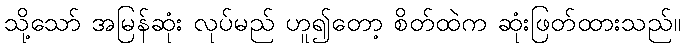
သို့သော် အမြန်ဆုံး လုပ်မည် ဟူ၍တော့ စိတ်ထဲက ဆုံးဖြတ်ထားသည်။